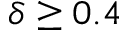
\delta \ge 0 . 4